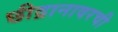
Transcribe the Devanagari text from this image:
छीद्रानावरची